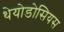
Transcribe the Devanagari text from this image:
थेयोडोसियस